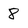
Character: 8